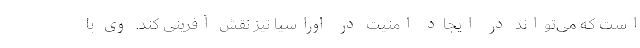
است که می‌تواند در ایجاد امنیت در اوراسیا نیز نقش آفرینی کند. وی با